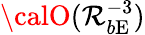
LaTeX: {\calO}(\mathcal{R}_{b\mathrm{{E}}}^{-3})